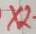
Text: X2